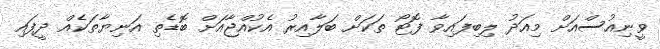
ވީނިއުސްއަށް މިއަދު ލިބިފައިވާ ފޮޓޯ ތަކަށް ބަލާއިރު އެކުއްޖާއަށް ބޮޑެތި އަނިޔާތަކެއް ދީފައި